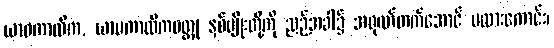
ယာဝကာလိက, ယာမကာလိကဝတ္ထု နှစ်မျိုးတို့ကို ညဉ့်အခါ၌ အရုဏ်တက်အောင် မထားကောင်း၊